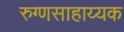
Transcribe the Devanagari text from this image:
रुग्णसाहाय्यक